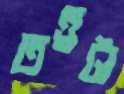
তত্ত্বটা